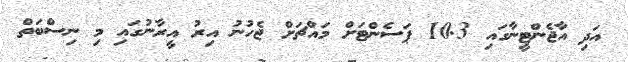
އަދި އާޖެންޓީނާގައި 10.3 ޕަސެންޓަށް މައްޗަށް ޖެހުނު އިރު އީރާނުގައި މި ނިސްބަތް